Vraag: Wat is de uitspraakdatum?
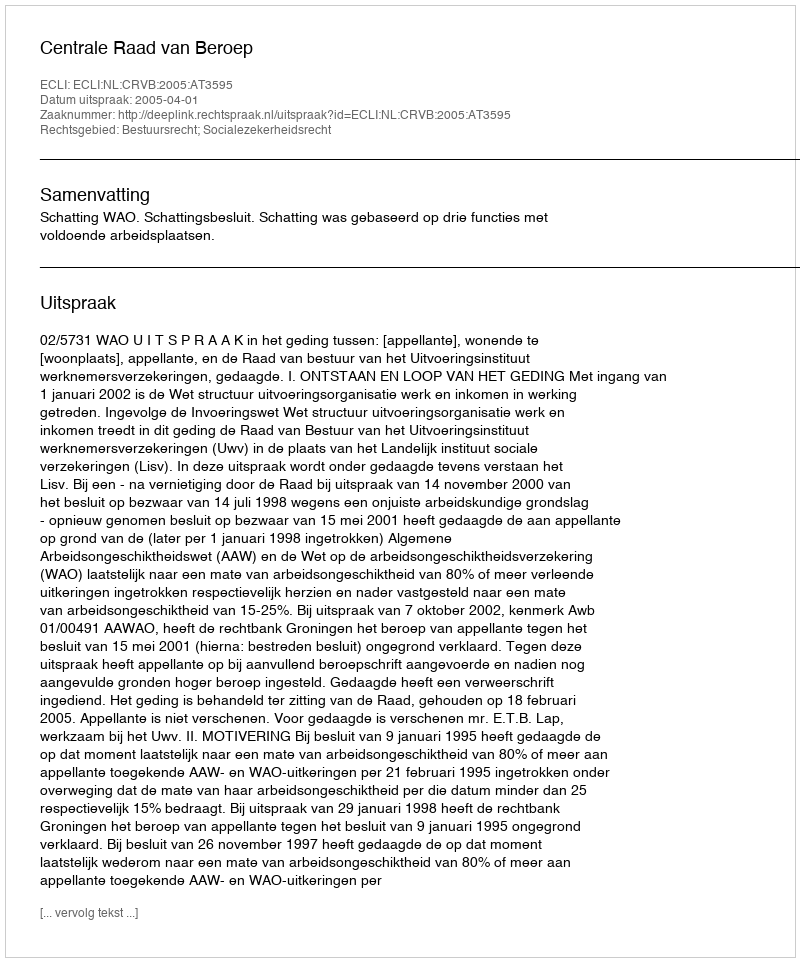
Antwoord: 2005-04-01